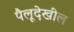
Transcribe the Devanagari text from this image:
पैलूदेखील